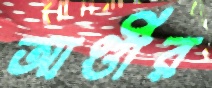
আণ্ডীর